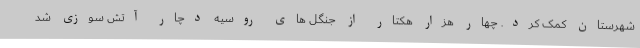
شهرستان کمک کرد. چهار هزار هکتار از جنگل های روسیه دچار آتش سوزی شد